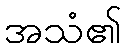
အသံ၏